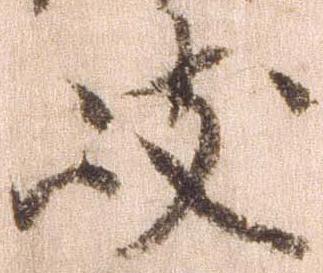
岐